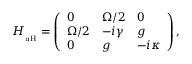
H _ { \mathrm { _ { n H } } } = \left( \begin{array} { l l l } { 0 } & { \Omega / 2 } & { 0 } \\ { \Omega / 2 } & { - i \gamma } & { g } \\ { 0 } & { g } & { - i \kappa } \end{array} \right) ,